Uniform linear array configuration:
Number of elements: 4
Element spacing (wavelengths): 0.25
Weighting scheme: exponential
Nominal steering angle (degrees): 45
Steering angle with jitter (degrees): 45.578
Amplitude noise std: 0.05
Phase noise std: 0.05

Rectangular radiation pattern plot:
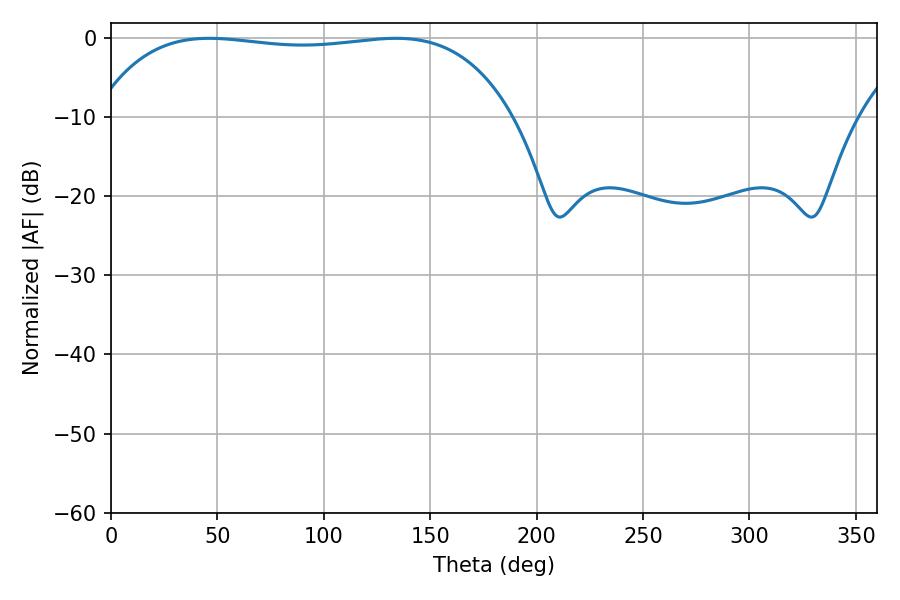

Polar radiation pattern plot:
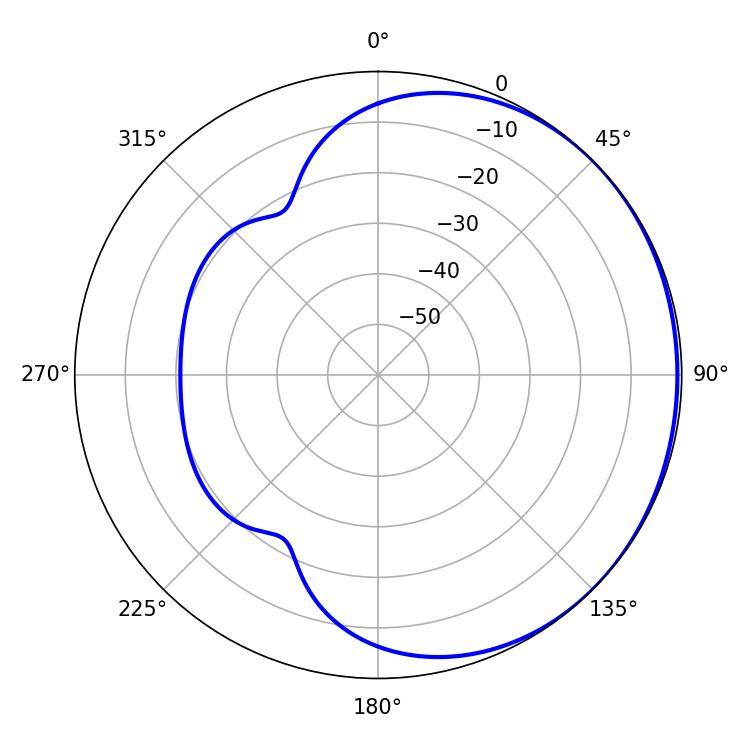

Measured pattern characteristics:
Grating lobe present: FALSE
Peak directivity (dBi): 0.6157
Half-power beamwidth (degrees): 155.88
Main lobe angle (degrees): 46.08